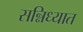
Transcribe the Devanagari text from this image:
सन्निध्यात